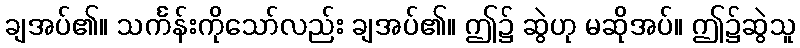
ချအပ်၏။ သင်္ကန်းကိုသော်လည်း ချအပ်၏။ ဤ၌ ဆွဲဟု မဆိုအပ်။ ဤ၌ဆွဲသူ